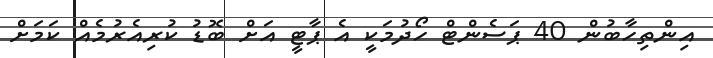
އިންތިހާބުން 40 ޕަސެންޓް ހޯދުމަކީ އެ ޕާޓީ އަށް ބޮޑު ކުރިއެރުމެއް ކަމަށް